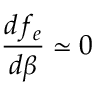
\frac { d f _ { e } } { d \beta } \simeq 0